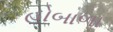
હોબાળા